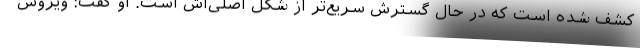
کشف شده است که در حال گسترش سریع‌تر از شکل اصلی‌اش است. او گفت: ویروس